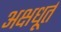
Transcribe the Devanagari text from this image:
अक्षधूर्त